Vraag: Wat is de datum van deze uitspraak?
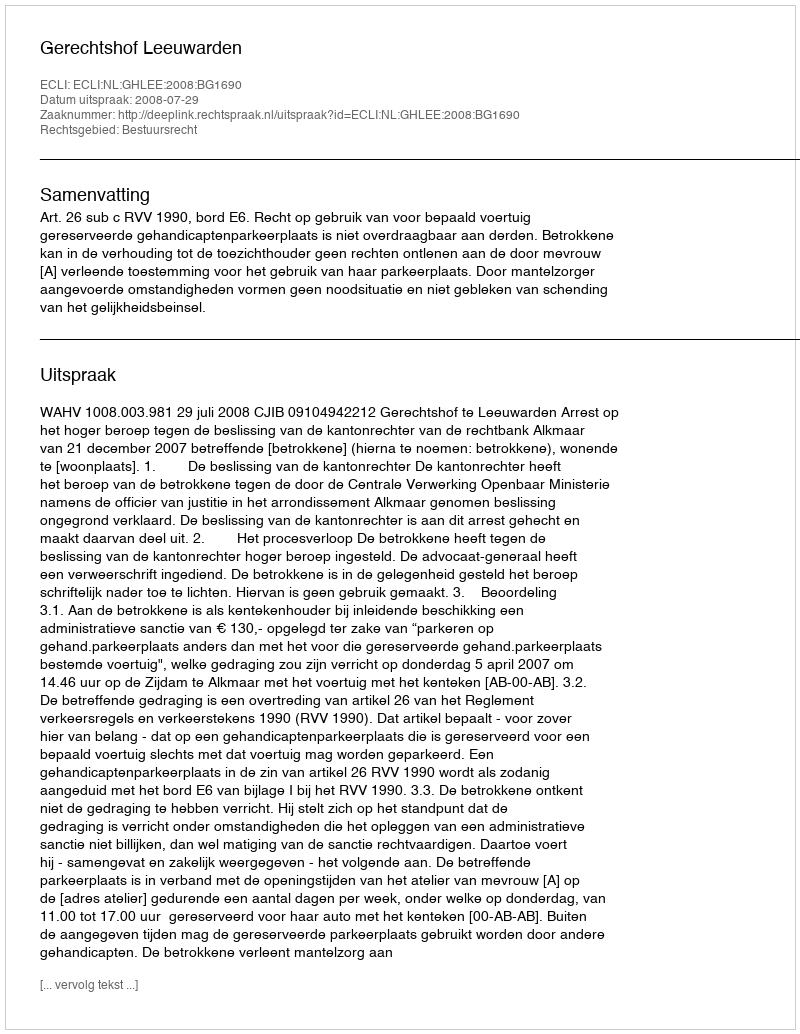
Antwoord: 2008-07-29